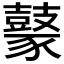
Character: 𪔟